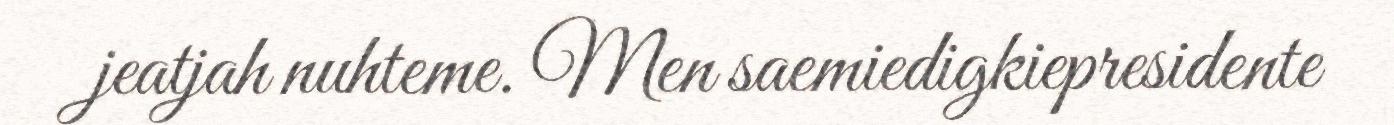
jeatjah nuhteme. Men saemiedigkiepresidente